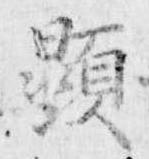
顕